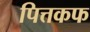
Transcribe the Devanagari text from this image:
पित्तकफ